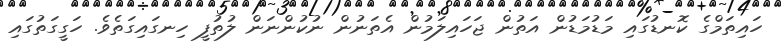
ހައިތަމްގެ ކޮނޑުގައި މަޑުމަޑުން އަތުން ޖަހައިލަމުން އެތަނުން ނުކުންނަން ލުތުފީ ހިނގައިގަތެވެ. ހަގީގަތުގައި